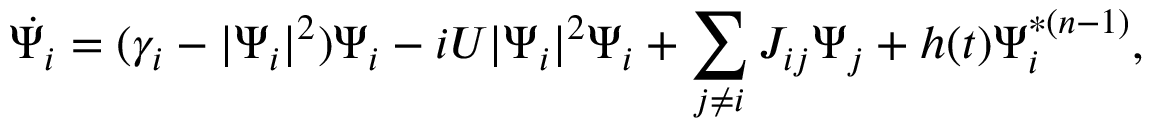
\dot { \Psi _ { i } } = ( \gamma _ { i } - | \Psi _ { i } | ^ { 2 } ) \Psi _ { i } - i U | \Psi _ { i } | ^ { 2 } \Psi _ { i } + \sum _ { j \ne i } { J } _ { i j } \Psi _ { j } + h ( t ) \Psi _ { i } ^ { * ( n - 1 ) } ,